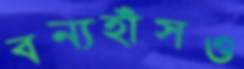
বন্যহাঁসও